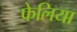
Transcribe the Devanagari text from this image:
फेलिया